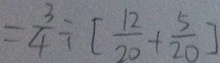
= \frac { 3 } { 4 } \div [ \frac { 1 2 } { 2 0 } + \frac { 5 } { 2 0 } ]